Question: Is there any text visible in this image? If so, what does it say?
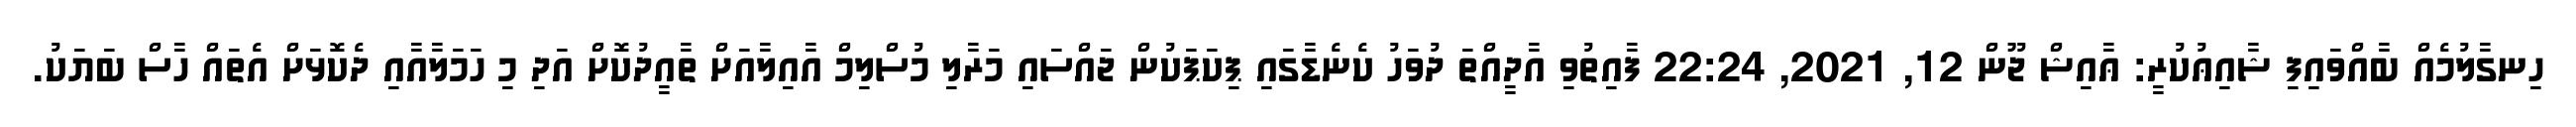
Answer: ހިނގާލުމެއް ބާއްވައިފި ޝާއިޢުކުރީ: ޢާއިޝް ޖޫން 12, 2021, 22:24 ފާއިތުވި އާދީއްތަ ދުވަހު ކެނެޑާގައި ޕިކަޕަކުން ޖައްސައި މަރާލި މުސްލިމް އާއިލާއަށް ތާއީދުކޮށް އަދި މި ހަމަލާއާއި ދެކޮޅަށް އެތައް ހާސް ބަޔަކު.